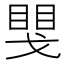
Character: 𢧮